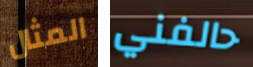
المثال حالفني